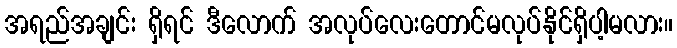
အရည်အချင်း ရှိရင် ဒီလောက် အလုပ်လေးတောင်မလုပ်နိုင်ရှိပါ့မလား။